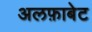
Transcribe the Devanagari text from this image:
अलफ़ाबेट